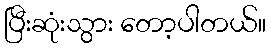
ပြီးဆုံးသွား တော့ပါတယ်။